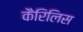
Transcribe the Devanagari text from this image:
कैरिलिस